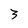
Character: 3